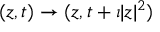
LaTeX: ( z , t ) \to ( z , t + \imath | z | ^ { 2 } )